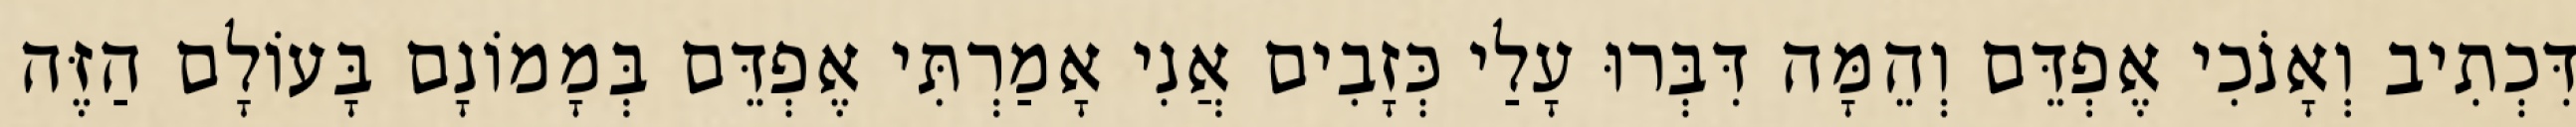
דִּכְתִיב וְאָנֹכִי אֶפְדֵּם וְהֵמָּה דִּבְּרוּ עָלַי כְּזָבִים אֲנִי אָמַרְתִּי אֶפְדֵּם בְּמָמוֹנָם בָּעוֹלָם הַזֶּה